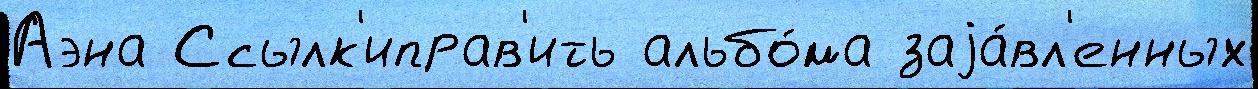
Аэна Ссылк'иправ'ить альбо́ма заjа́вл'енных